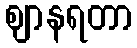
ဈာနရတာ